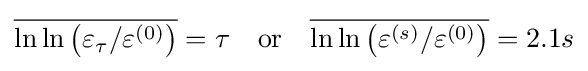
{\overline {\ln \ln \left(\varepsilon _{\tau }/\varepsilon ^{(0)}\right)}}=\tau \quad {\text{or}}\quad {\overline {\ln \ln \left(\varepsilon ^{(s)}/\varepsilon ^{(0)}\right)}}=2.1s